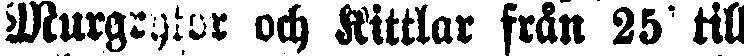
Murgrytor och Kittlar från 25 till